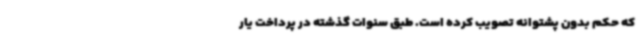
که حکم بدون پشتوانه تصویب کرده است. طبق سنوات گذشته در پرداخت یار